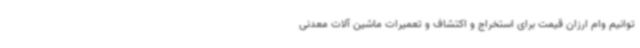
توانیم وام ارزان قیمت برای استخراج و اکتشاف و تعمیرات ماشین آلات معدنی